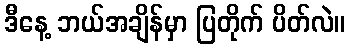
ဒီနေ့ ဘယ်အချိန်မှာ ပြတိုက် ပိတ်လဲ။